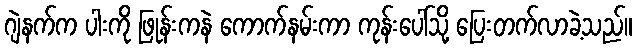
ဂျဲနက်က ပါးကို ဖြုန်းကနဲ ကောက်နမ်းကာ ကုန်းပေါ်သို့ ပြေးတက်လာခဲ့သည်။